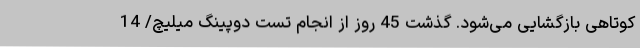
کوتاهی بازگشایی می‌شود. گذشت 45 روز از انجام تست دوپینگ میلیچ/ 14